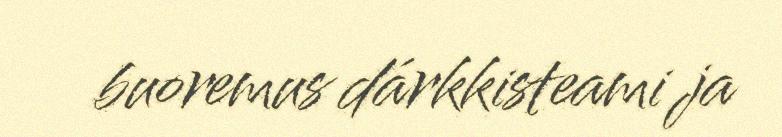
buoremus dárkkisteami ja